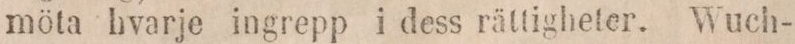
möta hvarje ingrepp i dess rättigheter. Wuch-